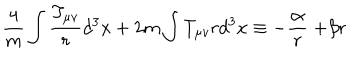
\frac { 4 } { m } \int \frac { T _ { \mu v } } { r } d ^ { 3 } x + 2 m \int T _ { \mu v } r d ^ { 3 } x \equiv - \frac { \propto } { r } + \beta r